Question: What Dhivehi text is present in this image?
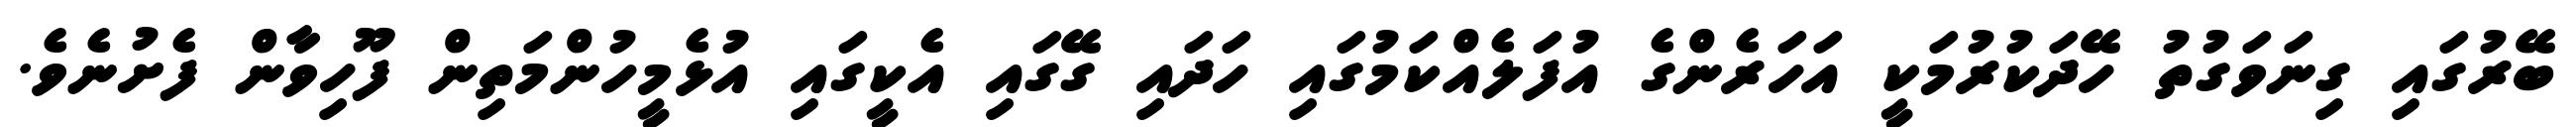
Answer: ބޭރުގައި ގިނަވަގުތު ހޭދަކުރުމަކީ އަހަރެންގެ އުފަލެއްކަމުގައި ހަދައި ގޭގައި އެކީގައި އުޅެމީހުންމަތިން ފޫހިވާން ފެށުނެވެ.